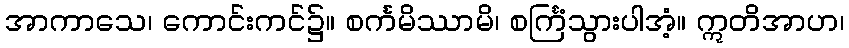
အာကာသေ၊ ကောင်းကင်၌။ စင်္ကမိဿာမိ၊ စင်္ကြံသွားပါအံ့။ ဣတိအာဟ၊